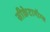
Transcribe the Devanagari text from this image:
सीक्रेटागॉग्स